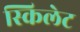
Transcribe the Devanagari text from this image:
स्किलेट